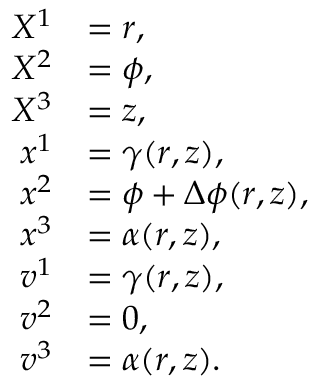
\begin{array} { r l } { X ^ { 1 } } & { = r , } \\ { X ^ { 2 } } & { = \phi , } \\ { X ^ { 3 } } & { = z , } \\ { x ^ { 1 } } & { = \gamma ( r , z ) , } \\ { x ^ { 2 } } & { = \phi + \Delta \phi ( r , z ) , } \\ { x ^ { 3 } } & { = \alpha ( r , z ) , } \\ { v ^ { 1 } } & { = \gamma ( r , z ) , } \\ { v ^ { 2 } } & { = 0 , } \\ { v ^ { 3 } } & { = \alpha ( r , z ) . } \end{array}